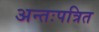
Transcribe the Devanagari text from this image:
अन्तःपत्रित